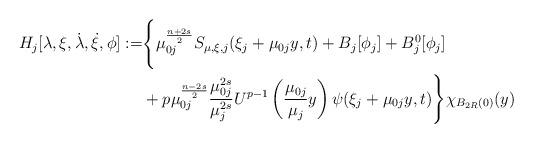
LaTeX: \begin{align*}\begin{aligned}H_j[\lambda,\xi,\dot{\lambda},\dot{\xi},\phi]:=&\Bigg\{\mu_{0j}^{\frac{n+2s}{2}}S_{\mu, \xi, j}(\xi_j + \mu_{0j}y, t)+ B_j[\phi_j] + B_j^0[\phi_j]\\&+ p\mu_{0j}^{\frac{n-2s}{2}}\frac{\mu_{0j}^{2s}}{\mu_j^{2s}}U^{p-1}\left(\frac{\mu_{0j}}{\mu_j}y\right)\psi(\xi_j + \mu_{0j}y, t)\Bigg\}\chi_{B_{2R}(0)}(y)\end{aligned}\end{align*}